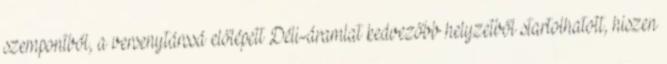
szempontból, a versenytárssá előlépett Déli-áramlat kedvezőbb helyzetből startolhatott, hiszen